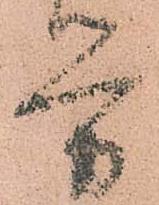
労